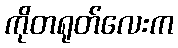
ကိုတရုတ်လေးက